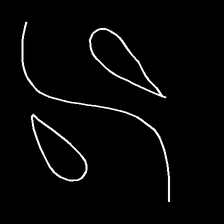
Glyph: water